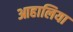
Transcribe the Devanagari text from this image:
आहालिया